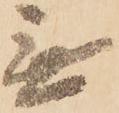
無